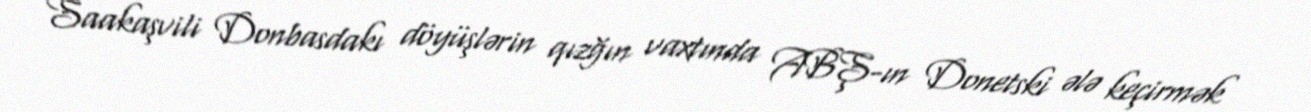
Saakaşvili Donbasdakı döyüşlərin qızğın vaxtında ABŞ-ın Donetski ələ keçirmək